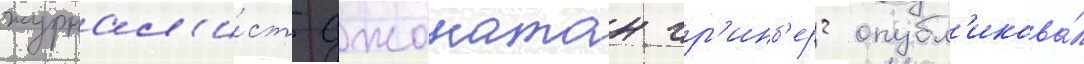
журнал'и́ст джонатан гр'инб'ерг опубл'икова́л